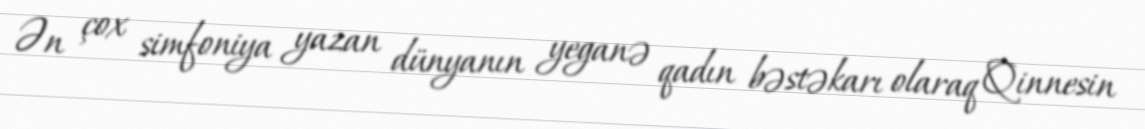
Ən çox simfoniya yazan dünyanın yeganə qadın bəstəkarı olaraq Qinnesin